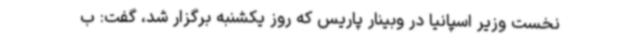
نخست وزیر اسپانیا در وبینار پاریس که روز یکشنبه برگزار شد، گفت: ب